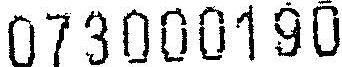
073000190